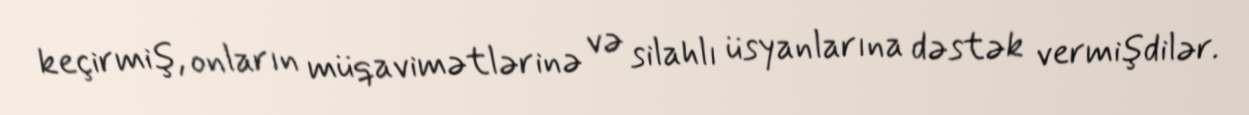
keçirmiş, onların müqavimətlərinə və silahlı üsyanlarına dəstək vermişdilər.